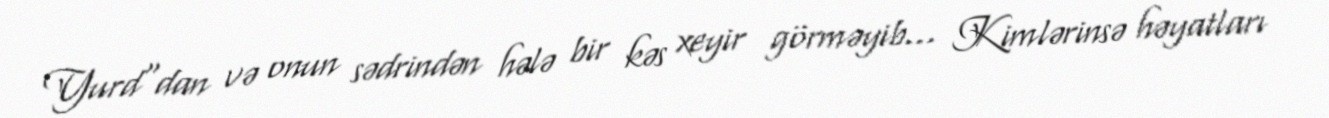
Yurd"dan və onun sədrindən hələ bir kəs xeyir görməyib... Kimlərinsə həyatları